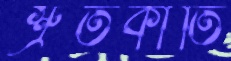
শ্রুতকীর্তি